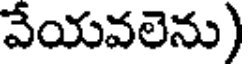
వేయవలెను)